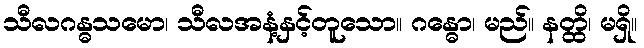
သီလဂန္ဓသမော၊ သီလအနံ့နှင့်တူသော။ ဂန္ဓော၊ မည်။ နတ္ထိ၊ မရှိ။